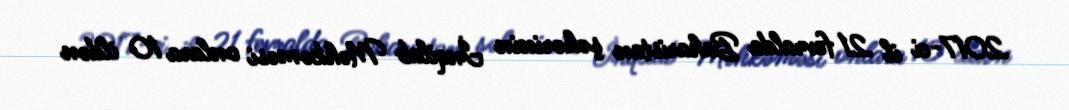
2017-ci il 21 fevralda Baharistan şəhərinin İnqilab Məhkəməsi onlara 10 ildən